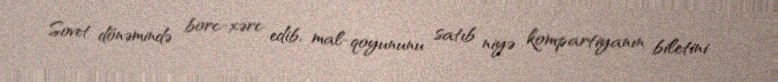
Sovet dönəmində borc-xərc edib, mal-qoyununu satıb niyə kompartiyanın biletini